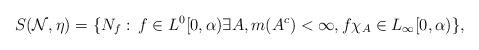
LaTeX: \begin{align*}S(\mathcal{N},\eta)=\{N_f: \, f\in L^0[0,\alpha) \exists A, m(A^c)<\infty, f\chi_A\in L_{\infty}[0,\alpha)\},\end{align*}